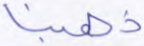
ذهبنا